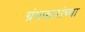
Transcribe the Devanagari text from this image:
ग्रंथकारांच्या